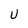
Character: U